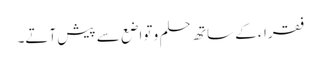
فقراء کے ساتھ حلم و تواضع سے پیش آتے۔